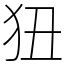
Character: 狃